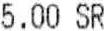
5.00 SR